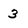
Character: 3